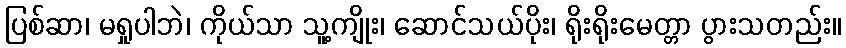
ပြစ်ဆာ၊ မရှုပါဘဲ၊ ကိုယ်သာ သူ့ကျိုး၊ ဆောင်သယ်ပိုး၊ ရိုးရိုးမေတ္တာ ပွားသတည်း။